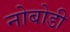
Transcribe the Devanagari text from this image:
नोबोडी